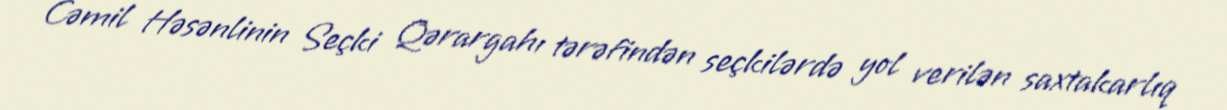
Cəmil Həsənlinin Seçki Qərargahı tərəfindən seçkilərdə yol verilən saxtakarlıq